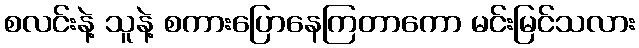
စလင်းနဲ့ သူနဲ့ စကားပြောနေကြတာကော မင်းမြင်သလား